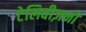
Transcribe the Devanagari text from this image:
टेलिवीज़नों